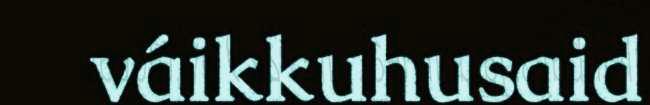
váikkuhusaid